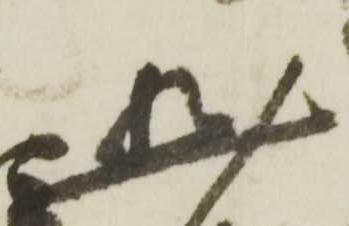
然